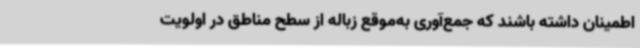
اطمینان داشته باشند که جمع‌آوری به‌موقع زباله از سطح مناطق در اولویت